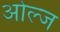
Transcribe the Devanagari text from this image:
ओल्ज